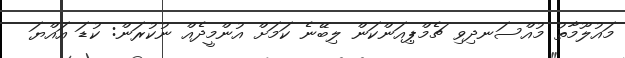
މައުލޫމާތު މުއްސަނދިވި ޗެމްޕިއަންކަން ލިބޭނެ ކަމަށް އުންމީދެއް ނުކުރަން: ކުޑަ އައްޔަ